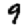
Digit: 9